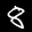
Label: 8